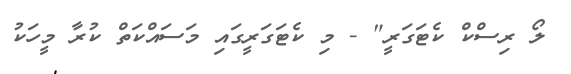
ލޯ ރިސްކް ކެޓަގަރީ" - މި ކެޓަގަރީގައި މަސައްކަތް ކުރާ މީހަކު